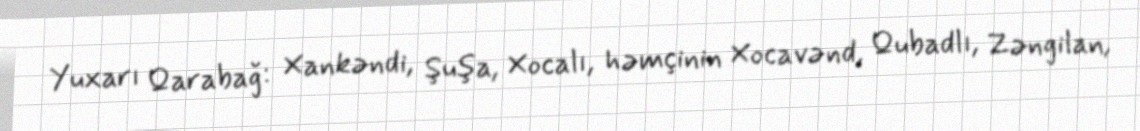
Yuxarı Qarabağ: Xankəndi, Şuşa, Xocalı, həmçinin Xocavənd, Qubadlı, Zəngilan,